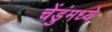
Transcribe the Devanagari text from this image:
चेंडुंमध्ये